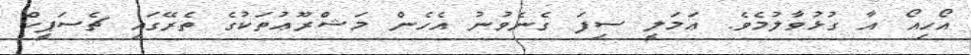
އޯހިއޯ އާ ގުޅުވާލުމެވެ. ޢަމަލީ ސިފަ ގެނެވުނު އެހެން މަޝްރޫޢުތަކުގެ ތެރޭގައި ޗެސަޕީކް